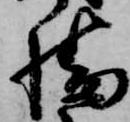
幡